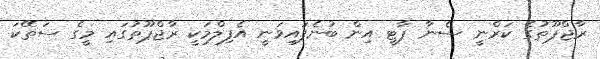
ރާޖްޕޫތުގެ ކަރްނީ ސެނާ ޕާޓީ އިން ބުނެފައިވަނީ އެފިލްމަކީ ރާޖްޕޫތުގައި މީގެ ސަތޭކަ